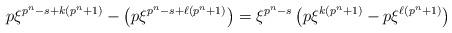
LaTeX: \begin{align*}p\xi^{p^n-s+k(p^n+1)} - \left(p\xi^{p^n-s+\ell(p^n+1)}\right) = \xi^{p^n-s}\left(p\xi^{k(p^n+1)}-p\xi^{\ell(p^n+1)}\right)\end{align*}